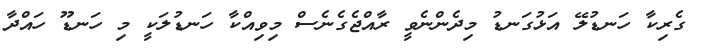
ގެރިކާ ހަނޑުލޭ އަޅުގަނޑު މިދެންނެވީ ރާއްޖެގެނެސް މިވިއްކާ ހަނޑުލަކީ މި ހަނޑޫ ހައްދާ